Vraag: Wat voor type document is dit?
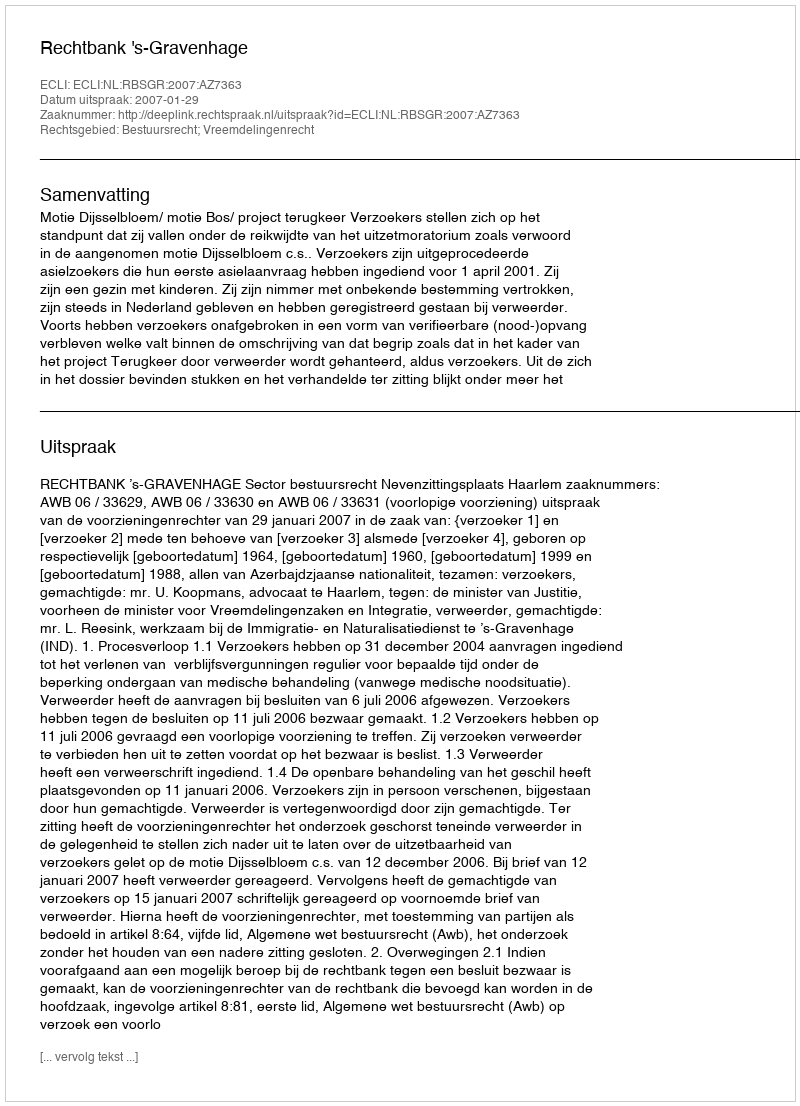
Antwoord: Uitspraak